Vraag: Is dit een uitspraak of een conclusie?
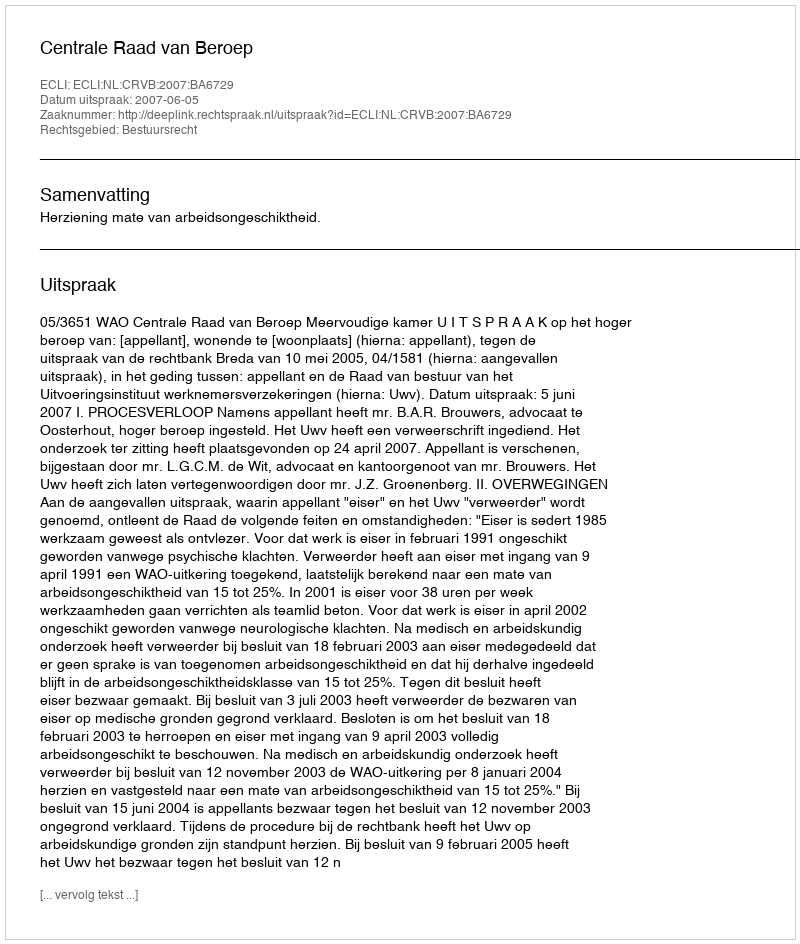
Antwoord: Uitspraak